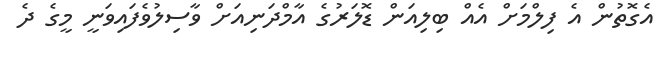
އެގޮތުން އެ ފިލްމަށް އެއް ބިލިއަން ޑޮލަރުގެ އާމްދަނިއަށް ވާސިލުވެފައިވަނީ މީގެ ދެ